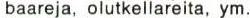
baareja, olutkellareita, ym.